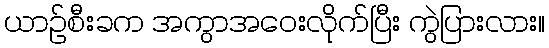
ယာဉ်စီးခက အကွာအဝေးလိုက်ပြီး ကွဲပြားလား။